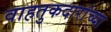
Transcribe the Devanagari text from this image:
वाहतुकदारांच्या